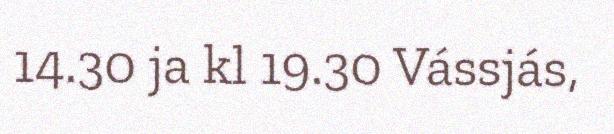
14.30 ja kl 19.30 Vássjás,